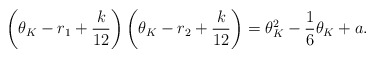
\begin{align*} \left(\theta_K - r_1 + \frac k{12}\right)\left(\theta_K - r_2 + \frac k{12}\right) = \theta_K^2 - \frac{1}{6}\theta_K + a.\end{align*}